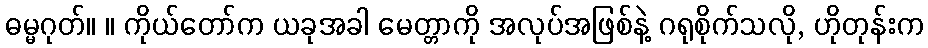
ဓမ္မဂုတ်။ ။ ကိုယ်တော်က ယခုအခါ မေတ္တာကို အလုပ်အဖြစ်နဲ့ ဂရုစိုက်သလို, ဟိုတုန်းက